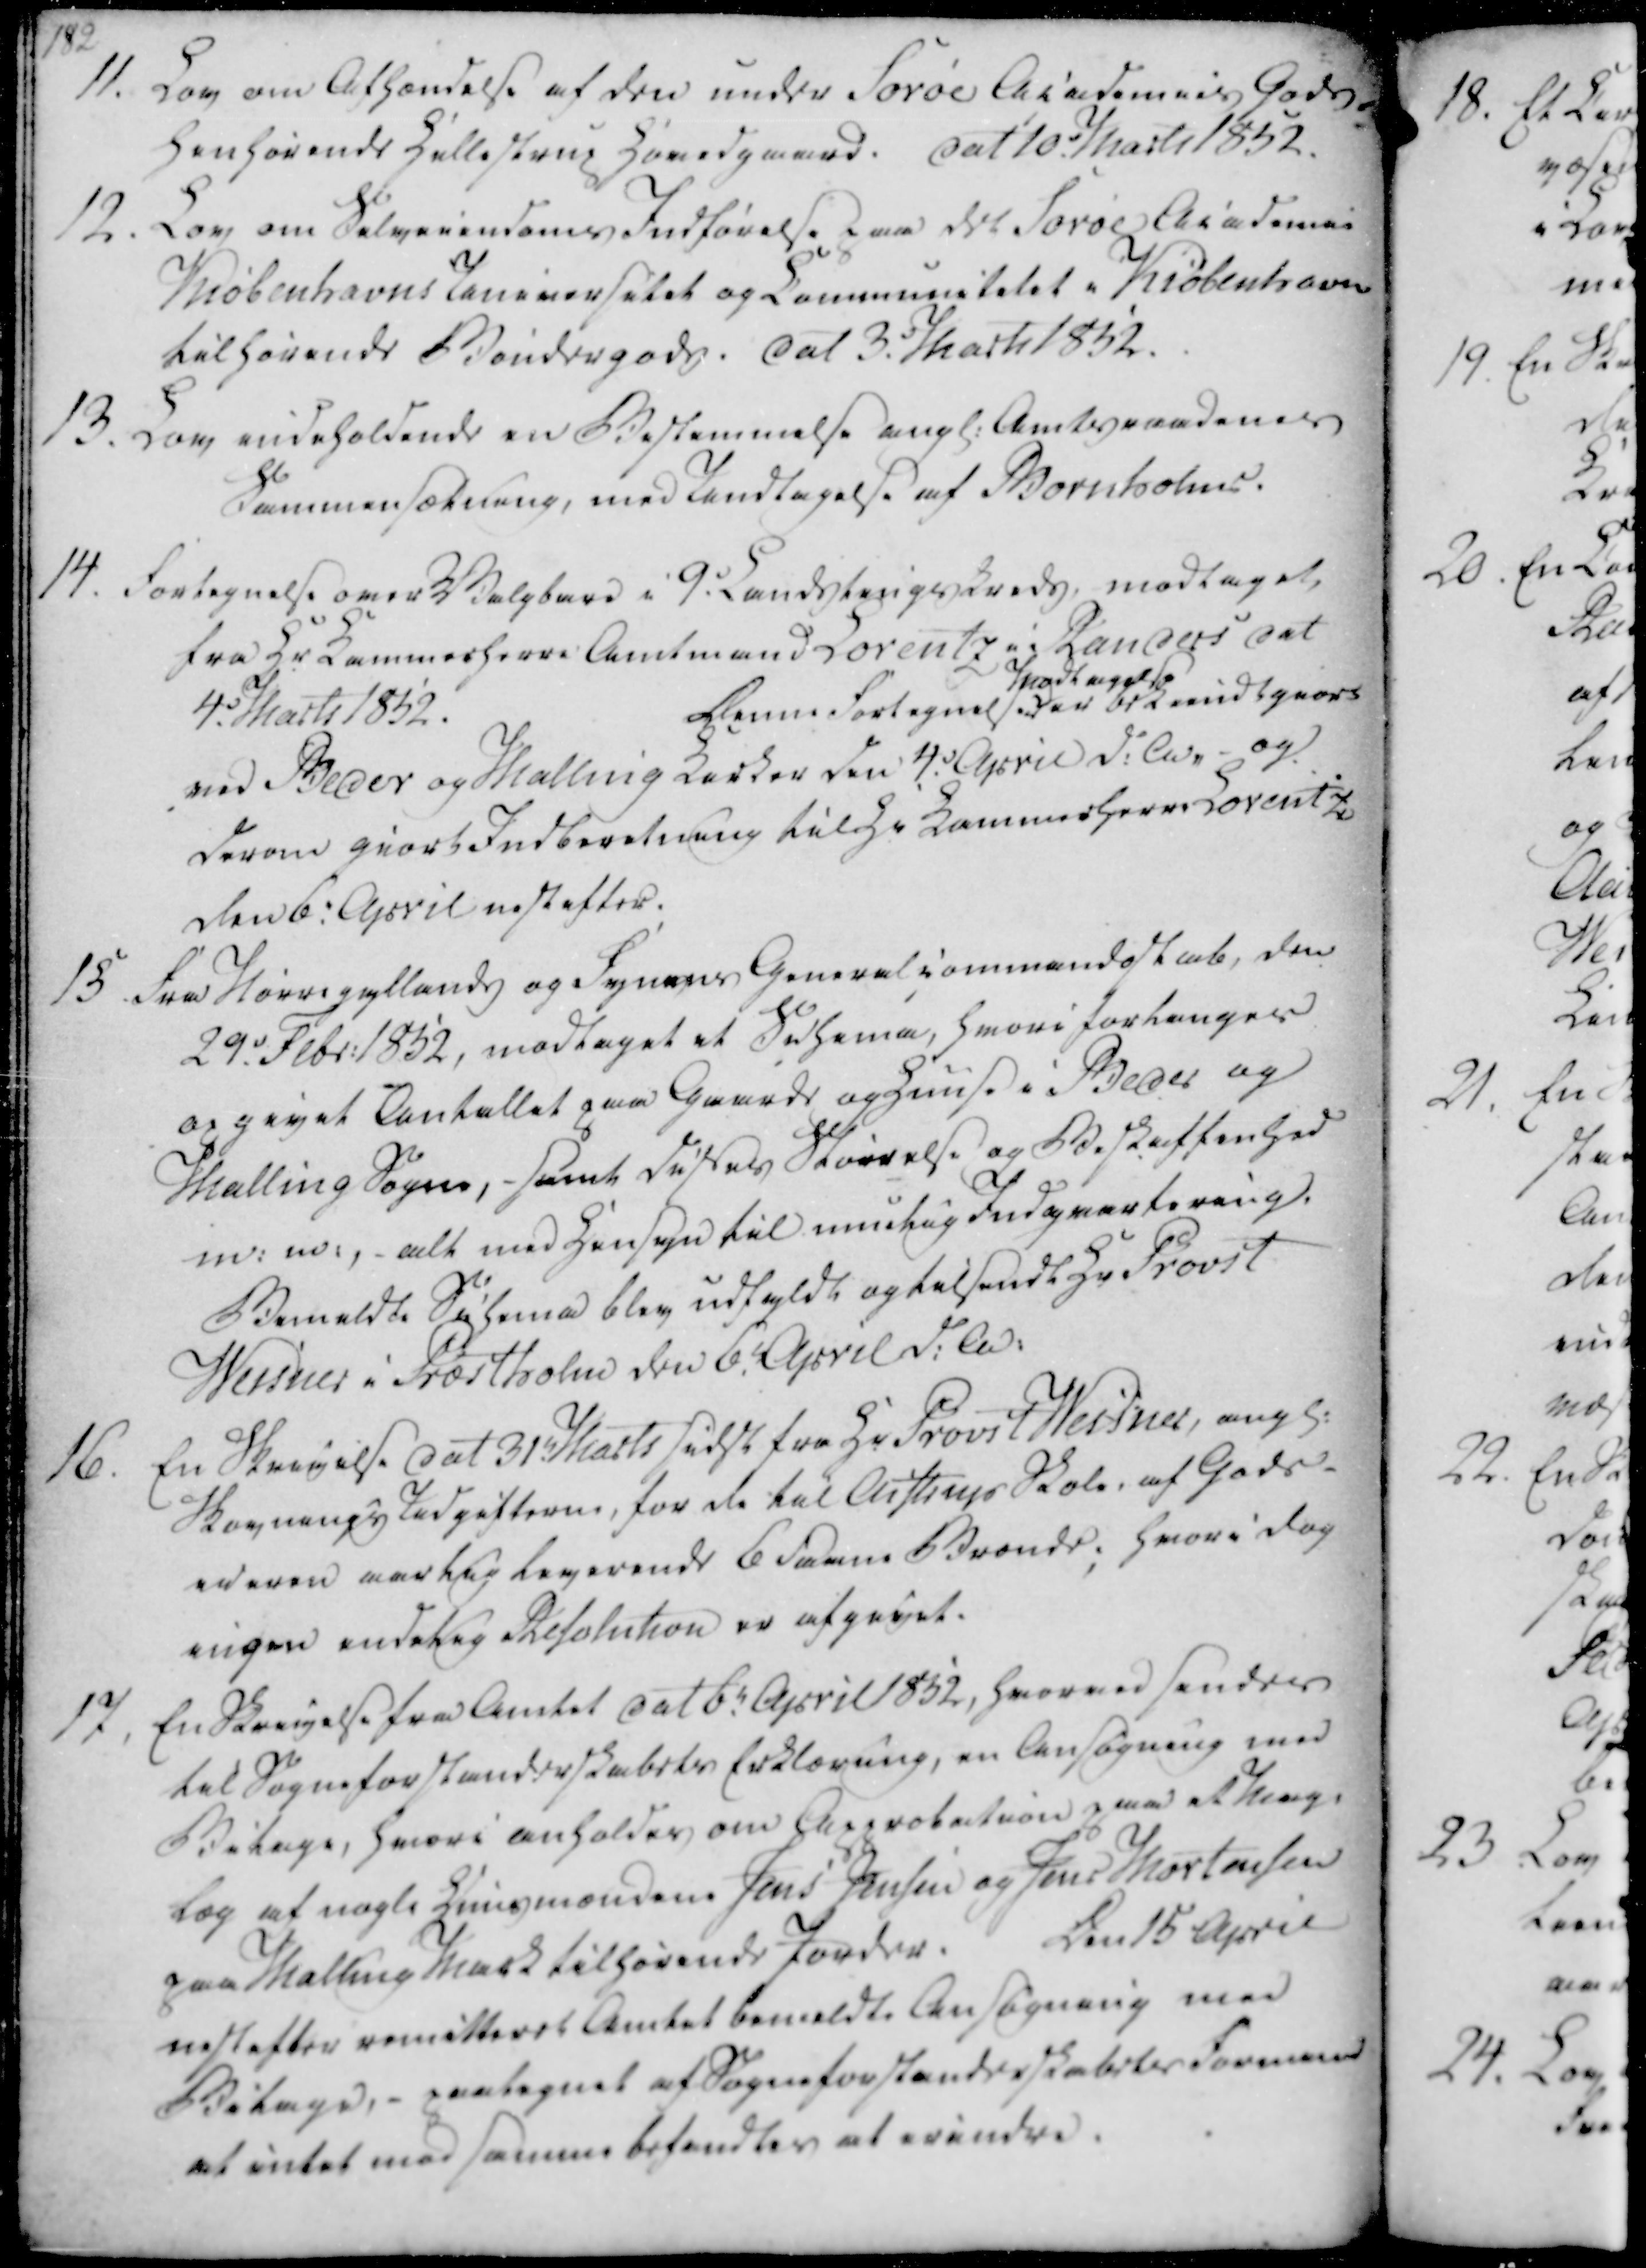
Transskription:
11. Lov om Afhændelse af den under Sorøe Academies Gods

henhørende Hellestrup Hovedgaard. Dat 10. Marts 1852.

12.

Lov om Selveiendoms Indførelse paa det Sorøe Academie

Kiøbenhavns Universitet og Communitetet i Kiøbenhavn

tilhørende Bøndergods. dat 3. Marts 1852.

13. Lov indeholdende en Bestemmelse angl. Amtsraadenes

Sammensætning, med Undtagelse af Bornholms.

14. Fortegnelse over Valgbare i 9. Landstingskreds, modtaget

fra Hr Kammerherre Amtmand Lorentz i Randers dat

4. Marts 1852.

Denne Fortegnelses

Modtagelse

er bekiendtgiort

ved Beder og Malling Kirker den 4. April d.A, - og

derom giort Indberetning til Hr Kammerherre Lorentz

den 6. April nestefter

11. Lov om Afhændelse af den under Sorøe Academies Gods
henhørende Hellestrup Hovedgaard. Dat 10. Marts 1852.
12.
Lov om Selveiendoms Indførelse paa det Sorøe Academie
Kiøbenhavns Universitet og Communitetet i Kiøbenhavn
tilhørende Bøndergods. dat 3. Marts 1852.
13. Lov indeholdende en Bestemmelse angl. Amtsraadenes
Sammensætning, med Undtagelse af Bornholms.
14. Fortegnelse over Valgbare i 9. Landstingskreds, modtaget
fra Hr Kammerherre Amtmand Lorentz i Randers dat
4. Marts 1852.
Denne Fortegnelses
Modtagelse
er bekiendtgiort
ved Beder og Malling Kirker den 4. April d.A, - og
derom giort Indberetning til Hr Kammerherre Lorentz
den 6. April nestefter

15. Fra Nørrejyllands og Synens Generalcommandoskab, den

29. Febr. 1852, modtaget et Schema, hvori forlanges

opgiort Antallet paa Gaarde og Huuse i Beder og

Malling Sogne, - samt disses Størrelse og Beskaffenhed

m.m., - alt med Hensyn til mulig Indqvartering.

Bemeldte Schema blev udfyldt og tilsendt Hr Provst

Weisner i Præstholm den 6. April d.A.

16. En Skrivelse dat 31. Marts sidst fra Hr Provst Weisner, angl.

Skovnings Udgifterne, for de til Aistrup Skole, af Gods-

eieren martig leverende 6 Favne Brænde; hvor i dog

ingen endelig Resolution er afgivet.

17. En Skrivelse fra Amtet dat 6. April 1852, hvorved sendes

til Sogneforstanderskabets Erklæring, en Ansøgning med

Bilage, hvori anholdes om Approbation paa et Mag-

læg af nogle Huusmændene Jens Jensen og Jens Mortensen

paa Malling Mark tilhørende Jorder.

Den 15 April

nestefter remitteret Amtet bemeldte Ansøgning med

Bilage, - paategnet af Sogneforstanderskabets Formand

at intet med samme befandtes at erindre.

15. Fra Nørrejyllands og Synens Generalcommandoskab, den
29. Febr. 1852, modtaget et Schema, hvori forlanges
opgiort Antallet paa Gaarde og Huuse i Beder og
Malling Sogne, - samt disses Størrelse og Beskaffenhed
m.m., - alt med Hensyn til mulig Indqvartering.
Bemeldte Schema blev udfyldt og tilsendt Hr Provst
Weisner i Præstholm den 6. April d.A.
16. En Skrivelse dat 31. Marts sidst fra Hr Provst Weisner, angl.
Skovnings Udgifterne, for de til Aistrup Skole, af Gods-
eieren martig leverende 6 Favne Brænde; hvor i dog
ingen endelig Resolution er afgivet.
17. En Skrivelse fra Amtet dat 6. April 1852, hvorved sendes
til Sogneforstanderskabets Erklæring, en Ansøgning med
Bilage, hvori anholdes om Approbation paa et Mag-
læg af nogle Huusmændene Jens Jensen og Jens Mortensen
paa Malling Mark tilhørende Jorder.
Den 15 April
nestefter remitteret Amtet bemeldte Ansøgning med
Bilage, - paategnet af Sogneforstanderskabets Formand
at intet med samme befandtes at erindre.